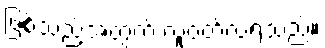
ဖြစ်သည့်အတွက် လူဝတ်လဲရသည်။